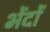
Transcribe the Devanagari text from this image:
भेंदों